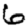
Digit: 6